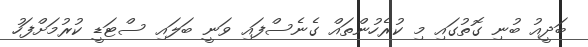
ބަދީއު ބުނި ގޮތުގައި މި ކުރެހުންތައް ގެނެސްފައި ވަނީ ބަލައި ސްޓަޑީ ކުރުމަށްފަހު